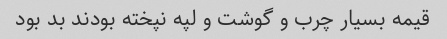
قیمه بسیار چرب و گوشت و لپه نپخته بودند بد بود